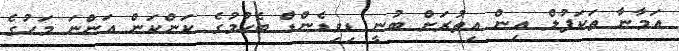
އަމާނާ ތަކަފުލް އިން އިތުރަށް ބުނީ ޑިވިޑެންޑް ބެހުމުގެ ކަންކަން އަންނަ މަހުގެ